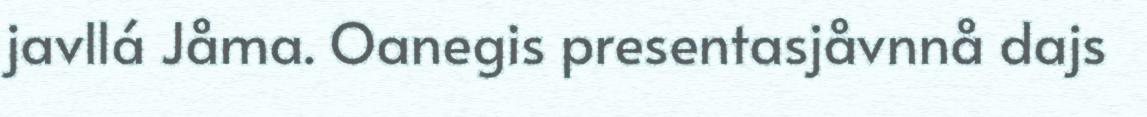
javllá Jåma. Oanegis presentasjåvnnå dajs